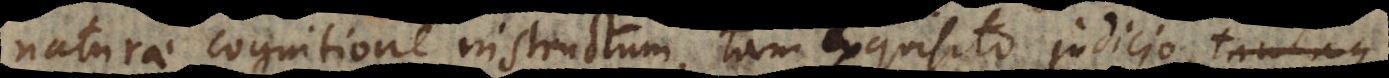
naturae cognitione instructum, tam exquisito judicio,